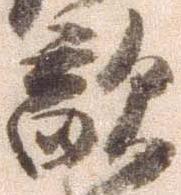
敵